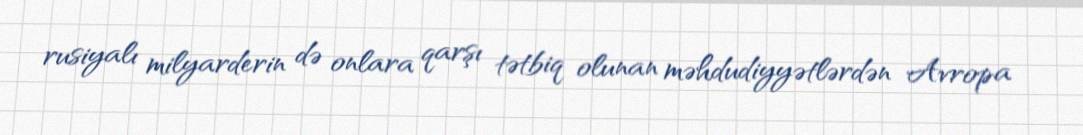
rusiyalı milyarderin də onlara qarşı tətbiq olunan məhdudiyyətlərdən Avropa